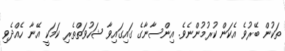
ތަކުން ބޭރުވެ އެކަން ކުރުމުންނެވެ. އިންސާނާގެ ގައިގައިވާ ޝަހުވަތްތެރި ކަމަކީ އޭނާ ހެއްދެވި